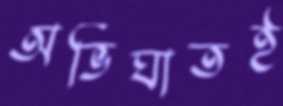
অভিঘাতই